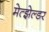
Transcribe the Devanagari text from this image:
मेत्झेल्डर